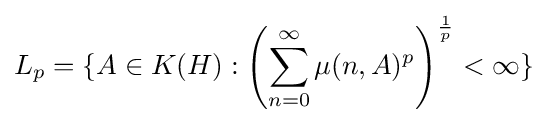
L_{p}=\{A\in K(H):\left(\sum _{n=0}^{\infty }\mu (n,A)^{p}\right)^{\frac {1}{p}}<\infty \}